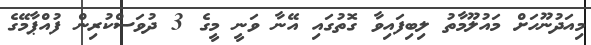
މިއަދުނޫހަށް މައުލޫމާތު ލިބިފައިވާ ގޮތުގައި އޭނާ ވަނީ މީގެ 3 ދުވަސްކުރިން ފުއްޕާމޭގެ